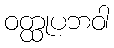
ဝတ္ထုပဘဝါ